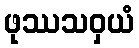
ဖုဿသဝှယံ